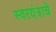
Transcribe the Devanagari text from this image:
स्वरयंत्राचे